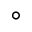
^ \circ